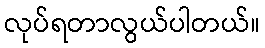
လုပ်ရတာလွယ်ပါတယ်။